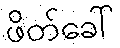
ဖိတ်ခေါ်